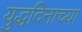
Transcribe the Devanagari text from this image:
युद्धदिनाच्या